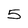
Character: 5